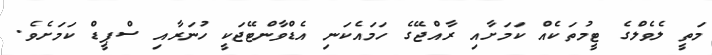
މަތީ ލެވެލްގެ ޓީމުތަކެއް ކަމަށާއި ރާއްޖޭގެ ހަމައެކަނި އެޑްވާންޓޭޖަކީ ހުނަރާއި ސްޕީޑް ކަމަށެވެ.